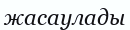
жасаулады